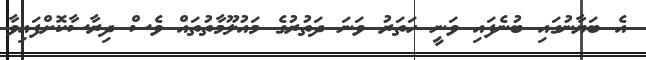
އެ ބަޔާނުގައި ބުނެފައި ވަނީ ހަތަރު ވަނަ ދަތުރުގެ މައުލޫމާތުތައް ވެސް ދިރާސާކޮށްފައިވާ